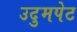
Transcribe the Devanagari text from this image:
उदुमपेट